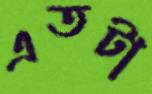
এতটা